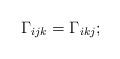
LaTeX: \begin{align*}\Gamma_{ijk}=\Gamma_{ikj};\end{align*}